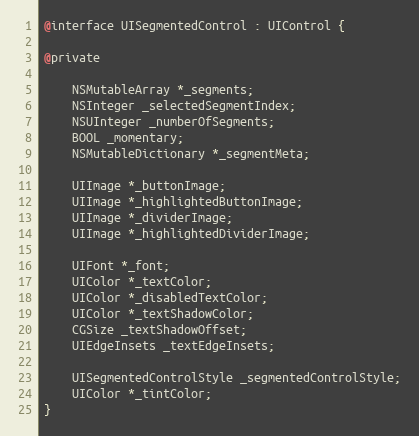
Language: C
@interface UISegmentedControl : UIControl {

@private

    NSMutableArray *_segments;
    NSInteger _selectedSegmentIndex;
    NSUInteger _numberOfSegments;
    BOOL _momentary;
    NSMutableDictionary *_segmentMeta;

    UIImage *_buttonImage;
    UIImage *_highlightedButtonImage;
    UIImage *_dividerImage;
    UIImage *_highlightedDividerImage;

    UIFont *_font;
    UIColor *_textColor;
    UIColor *_disabledTextColor;
    UIColor *_textShadowColor;
    CGSize _textShadowOffset;
    UIEdgeInsets _textEdgeInsets;

    UISegmentedControlStyle _segmentedControlStyle;
    UIColor *_tintColor;
}